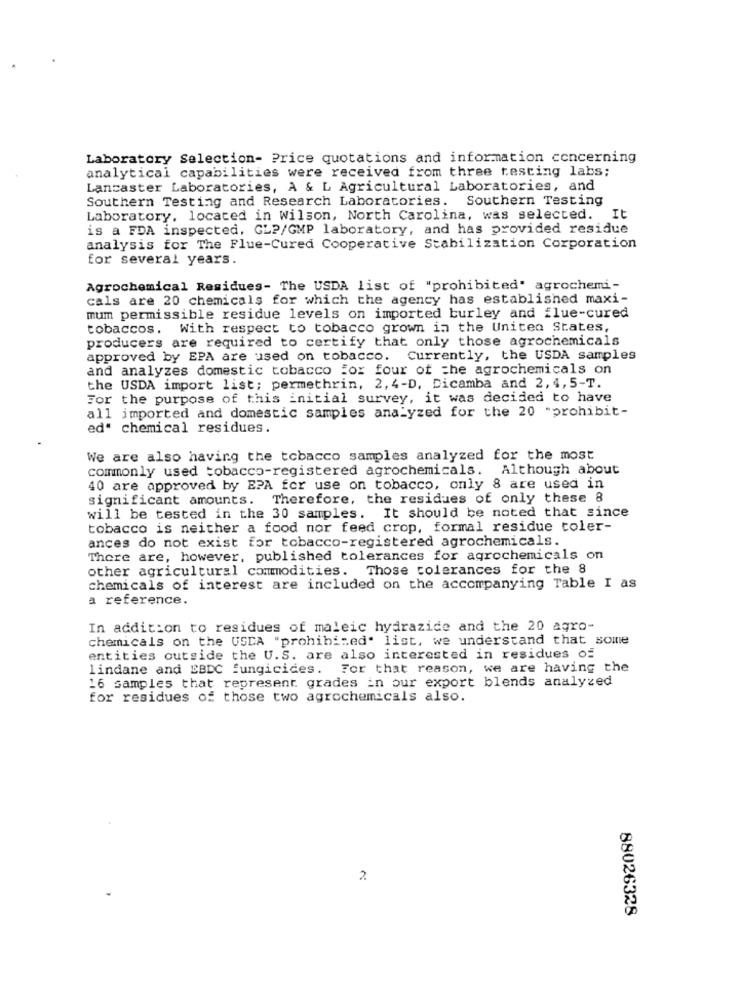
Laboratory Selection- Price quotations and information concerning
analytical capabilities were received from three testing labs;
Lancaster Laboratories, A & L Agricultural Laboratories, and
Southern Testing and Research Laboratories. Southern Testing
Laboratory, located in Wilson, North Carolina, was selected. It
is a FDA inspected. GLP/GMP laboratory, and has provided residue
analysis for The Flue-Cured Cooperative Stabilization Corporation
for several years.
Agrochemical Residues- The USDA list of "prohibited" agrochemi-
cals are 20 chemicals for which the agency has established maxi-
mum permissible residue levels on imported burley and flue-cured
tobaccos. With respect to tobacco grown in the United States,
producers are required to certify that only those agrochemicals
approved by EPA are used on tobacco. Currently, the USDA samples
and analyzes domestic tobacco for four of the agrochemicals on
the USDA import list; permethrin, 2, 4-D, Dicamba and 2, 4,5-T.
For the purpose of this initial survey, it was decided to have
all imported and domestic samples analyzed for the 20 "prohibit-
ed" chemical residues.
We are also having the tobacco samples analyzed for the most
commonly used tobacco-registered agrochemicals. Although about
40 are approved by EPA for use on tobacco, only 8 are used in
significant amounts. Therefore, the residues of only these 8
will be tested in the 30 samples. It should be noted that since
tobacco is neither a food nor feed crop, formal residue toler-
ances do not exist for tobacco-registered agrochemicals.
There are, however, published tolerances for agrochemicals on
other agricultural commodities. Those tolerances for the 8
chemicals of interest are included on the accompanying Table I as
a reference.
In addition to residues of maleic hydrazide and the 20 agro-
chemicals on the USDA "prohibited. list, we understand that some
entities outside the U.S. are also interested in residues of
lindane and EBDC fungicides. For that reason, we are having the
16 samples that represent grades in our export blends analyzed
for residues of those two agrochemicals also.
2
88026328